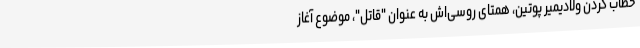
خطاب کردن ولادیمیر پوتین، همتای روسی‌اش به عنوان "قاتل"، موضوع آغاز